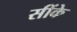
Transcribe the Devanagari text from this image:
सींके